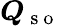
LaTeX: \boldsymbol{Q}_{\mathrm{~s~o~}}